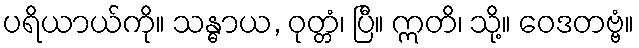
ပရိယာယ်ကို။ သန္ဓာယ, ဝုတ္တံ၊ ပြီ။ ဣတိ၊ သို့။ ဝေဒတဗ္ဗံ။